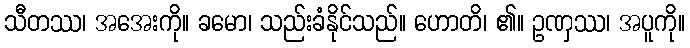
သီတဿ၊ အအေးကို။ ခမော၊ သည်းခံနိုင်သည်။ ဟောတိ၊ ၏။ ဥဏှဿ၊ အပူကို။